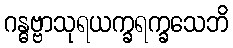
ဂန္ဓဗ္ဗာသုရယက္ခရက္ခသေဘိ